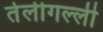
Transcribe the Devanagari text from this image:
तेलीगल्ली